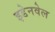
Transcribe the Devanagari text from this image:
इडेनवेल